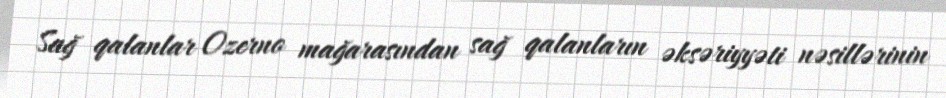
Sağ qalanlar Ozerno mağarasından sağ qalanların əksəriyyəti nəsillərinin